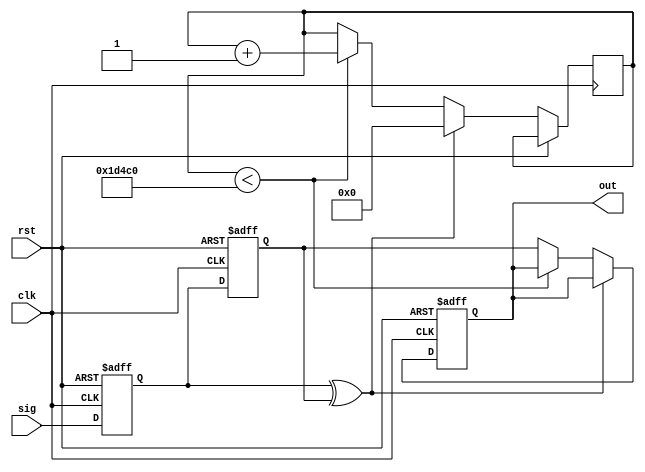
// Debounce signal logic without the use of a clock divider.
//
// Based on: https://forum.digikey.com/t/debounce-logic-circuit-vhdl/12573
//
// License: 0BSD

// Debouncing logic
module debouncer #(
    
    // Parameters
    parameter MAX_CLK_COUNT = 120000    // 10 ms with 12 MHz clock
) (

    // Inputs
    input           clk,
    input           rst,
    input           sig,
    
    // Outputs
    output  reg     out
);

    // Calculate number of bits needed for the counter
    localparam WIDTH = $clog2(MAX_CLK_COUNT + 1);
    
    // Internal signals
    wire            sig_edge;

    // Internal storage elements
    reg             ff_1;
    reg             ff_2;
    reg [WIDTH-1:0] count = 0;
    
    // Counter starts when outputs of the two flip-flops are different
    assign sig_edge = ff_1 ^ ff_2;
    
    // Logic to sample signal after a period of time
    always @ (posedge clk or posedge rst) begin
    
        // Reset flip-flops
        if (rst == 1'b1) begin
            ff_1 <= 0;
            ff_2 <= 0;
            out <= 0;
        
        // If rising or falling edge on signal, run counter and sample again
        end else begin
            ff_1 <= sig;
            ff_2 <= ff_1;
            if (sig_edge == 1'b1) begin
                count <= 0;
            end else if (count < MAX_CLK_COUNT) begin
                count <= count + 1;
            end else begin
                out <= ff_2;
            end
        end
    end
    
endmodule